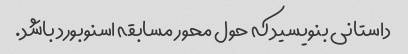
داستانی بنویسید که حول محور مسابقه اسنوبورد باشد.